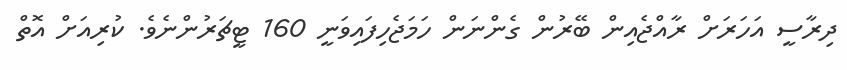
ދިރާސީ އަހަރަށް ރާއްޖެއިން ބޭރުން ގެންނަން ހަމަޖެހިފައިވަނީ 160 ޓީޗަރުންނެވެ. ކުރިއަށް އޮތް